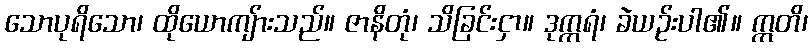
သောပုရိသော၊ ထိုယောကျ်ားသည်။ ဇာနိတုံ၊ သိခြင်းငှာ။ ဒုက္ကရံ၊ ခဲယဉ်းပါ၏။ ဣတိ၊